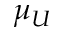
\mu _ { U }